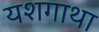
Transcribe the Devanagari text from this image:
यशगाथा